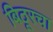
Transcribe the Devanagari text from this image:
बिठूरचा